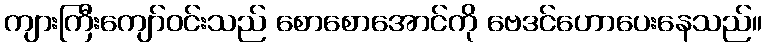
ကျားကြီးကျော်ဝင်းသည် စောစောအောင်ကို ဗေဒင်ဟောပေးနေသည်။